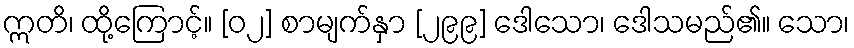
ဣတိ၊ ထို့ကြောင့်။ [၀၂] စာမျက်နှာ [၂၉၉] ဒေါသော၊ ဒေါသမည်၏။ သော၊